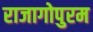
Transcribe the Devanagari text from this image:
राजागोपुरम